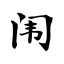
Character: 闱